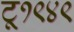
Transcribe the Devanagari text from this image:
टू१९४९